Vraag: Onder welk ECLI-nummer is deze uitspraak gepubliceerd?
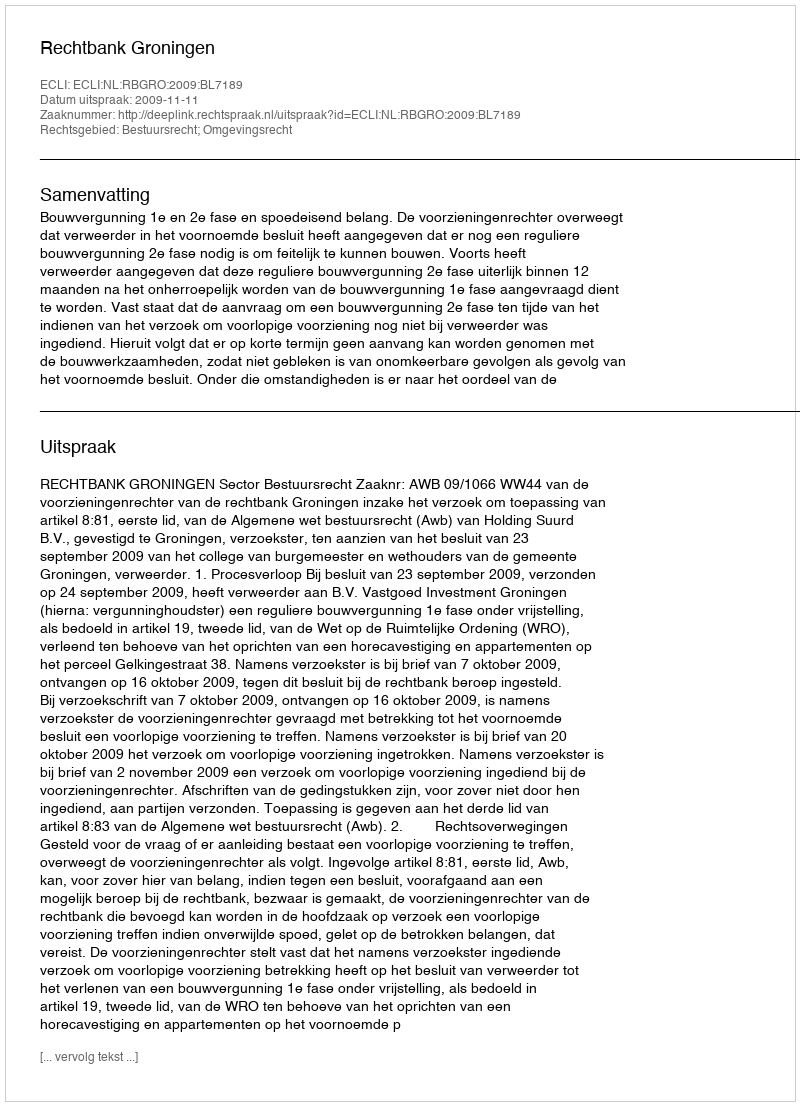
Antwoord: ECLI:NL:RBGRO:2009:BL7189